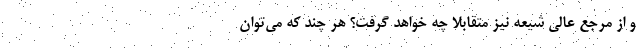
و از مرجع عالی شیعه نیز متقابلا چه خواهد گرفت؟ هر چند که می‌توان